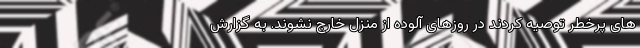
های پرخطر توصیه کردند در روزهای آلوده از منزل خارج نشوند. به گزارش